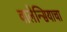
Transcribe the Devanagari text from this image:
वालेन्सियाचा